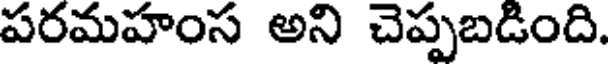
పరమహంస అని చెప్పబడింది.